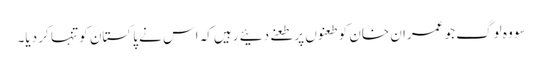
سو وہ لوگ جو عمران خان کو طعنوں پر طعنے دئیے رہیں کہ اس نے پاکستان کو تنہا کر دیا۔